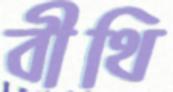
বীথি